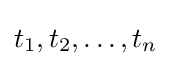
t_{1},t_{2},\dots ,t_{n}